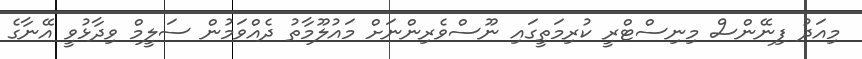
މިއަދު ފިނޭންސް މިނިސްޓްރީ ކުރިމަތީގައި ނޫސްވެރިންނަށް މައުލޫމާތު ދެއްވަމުން ސަލީމް ވިދާޅުވީ އޭނާގެ